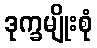
ဒုက္ခမျိုးစုံ